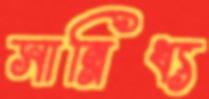
সান্নিধ্য